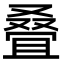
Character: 叠